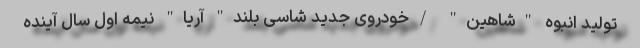
تولید انبوه "شاهین" /خودروی جدید شاسی بلند" آریا" نیمه اول سال آینده